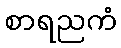
စာရညကံ